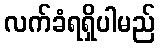
လက်ခံရရှိပါမည်